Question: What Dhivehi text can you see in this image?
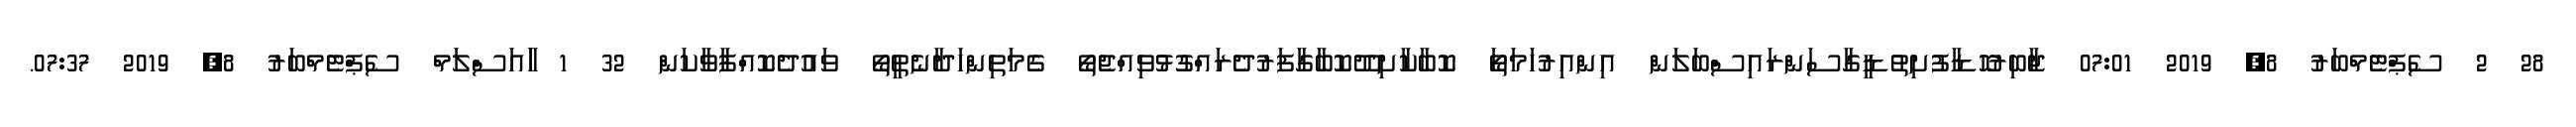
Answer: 28 2 ސެޕްޓެމްބަރު 8, 2019 07:01 ޖާބިރުހޮޑާފުށިތުޑީގާސަންރައިސްބަލަން އިންއިރުހަމަތަޯ ކޮބާކާށިދޫކޮބާގާފަރުދެރައްގުޅުވިއްޖެތޯ ގެމަތިންހަދާނެތީތޯ ވައުދެކޮއްފާވާކަން 32 1 ާައަސްލަމް ސެޕްޓެމްބަރު 8, 2019 07:37.